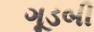
ગૂડબી